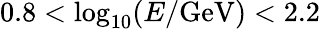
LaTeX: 0.8<\log_{10}(E/\mathrm{GeV})<2.2